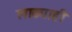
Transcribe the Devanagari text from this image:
लाठ्याही